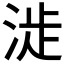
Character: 𣶵